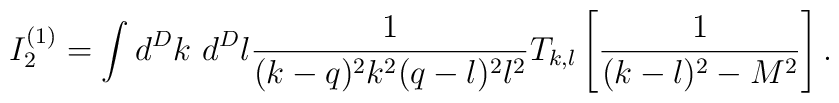
I_2^{(1)}= \int d^Dk~d^Dl\frac{1}{(k-q)^2k^2(q-l)^2l^2}T_{k,l}\left[\frac{1}{(k-l)^2-M^2}\right].